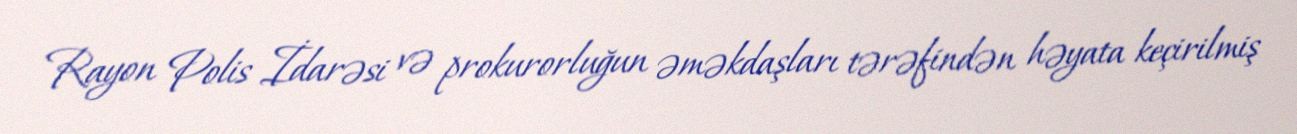
Rayon Polis İdarəsi və prokurorluğun əməkdaşları tərəfindən həyata keçirilmiş